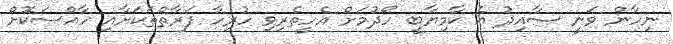
ނިހާން ވަނީ ސާއިދު އެ ކާމިޔާބީ ހޯދުމަށް އެހީތެރިވި ހުރިހާ ފަރާތްތަކަށާއި ހާއްސަކޮށް